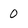
Character: 0